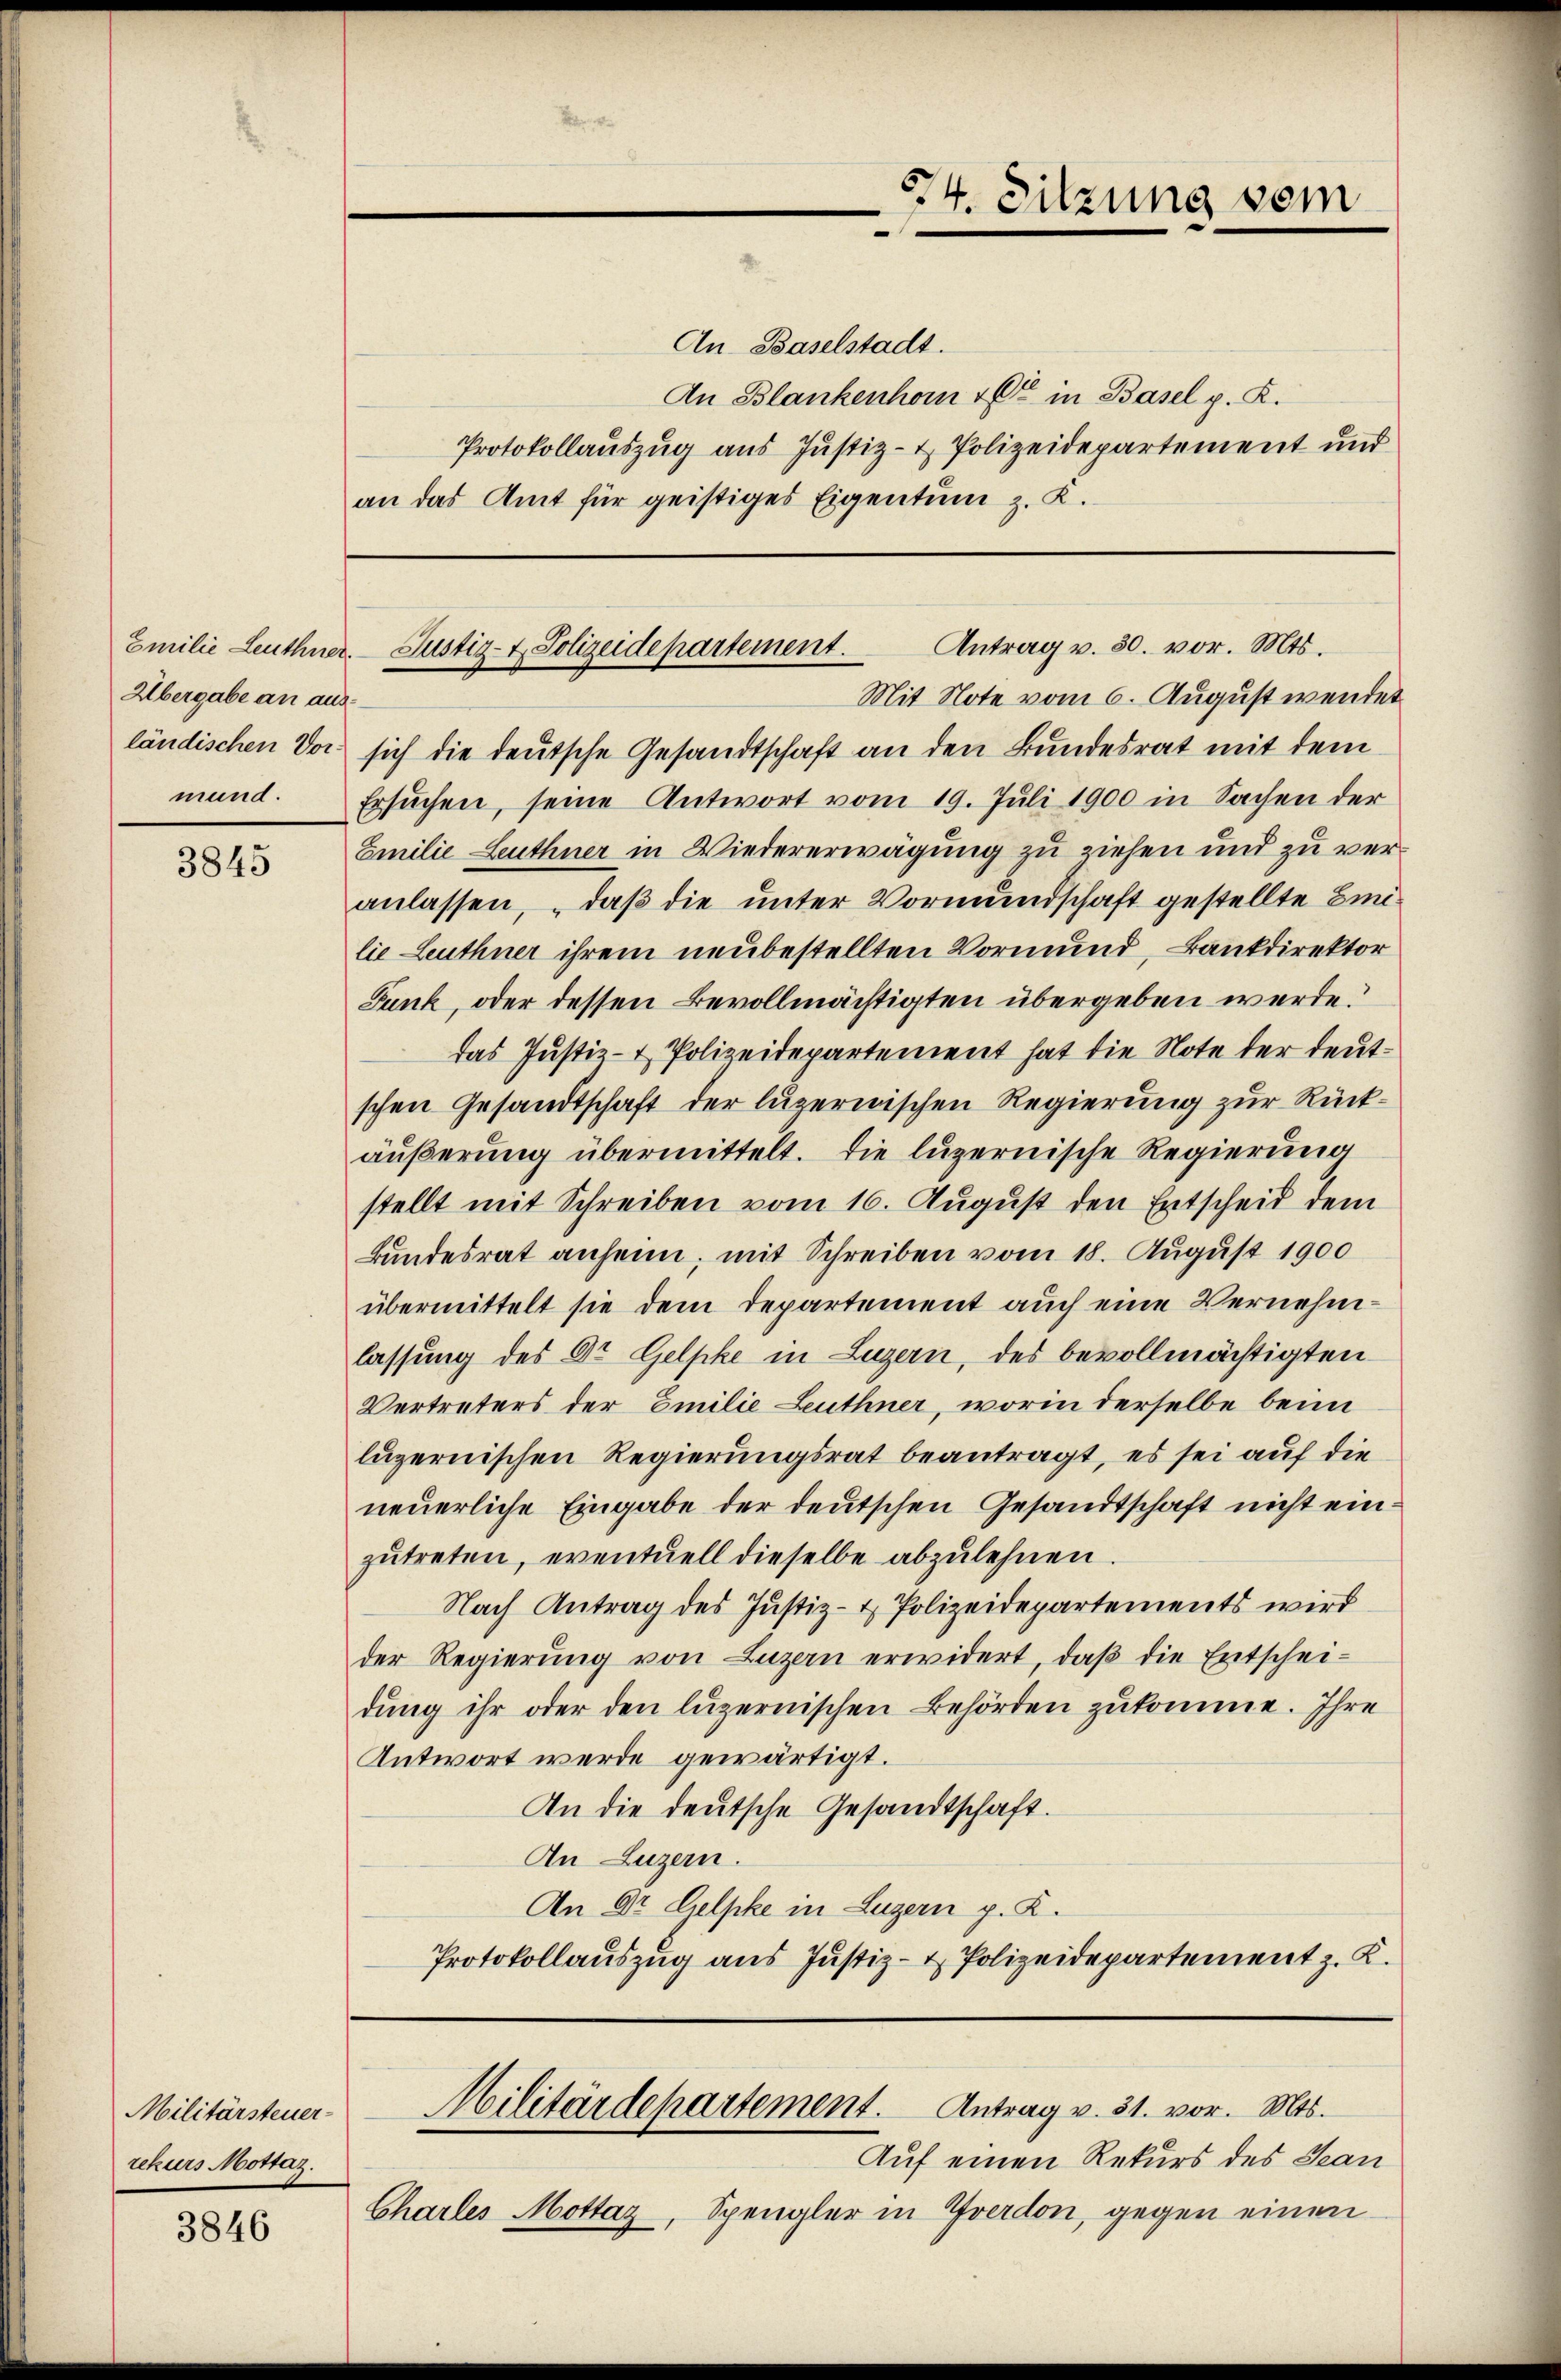
Übergabe an aus.
mund.

3845

Militärsteuer-
rekurs Mottaz.

3846

An Baselstadt.
An Blankenhorn & in Basel p. K.
Protokollauszug aus Justiz- & Polizeidepartement und
an das Amt für geistiges Eigentum z. K.

574. Sitzung vom

Antrag v. 30. vor. Mts.
Emilie Leuthner. Justiz- & Polizeidepartement.

Mit Note vom 6. August wendet
ländischen Vor sich die deutsche Gesandtschaft an den Bundesrat mit dem
Ersŭchen, seine Antwort vom 19. Juli 1900 in Sachen der
Emilie Leuthner in Wiedererwägung zu ziehen und zu veranlassen, daß die unter Vormundschaft gestellte Bilie Leuthner ihrem neubestellten Vormund, Bankdirektor
Funk, oder dessen Bevollmächtigten übergeben werde.
das Justiz- & Polizeidepartement hat die Note der deutschen Gesandtschaft der luzernischen Regierung zur Rückäußerung übermittelt. Die luzernische Regierung
stellt mit Schreiben vom 16. August den Entscheid dem
Bundesrat anheim; mit Schreiben vom 18. August 1900
übermittelt sie dem Departement auch eine Vernehmlassung des Dr. Gelpke in Luzern, des bevollmächtigten
Vertreters der Emilie Leuthner, worin derselbe beim
luzernischen Regierungsrat beantragt, es sei auf die
neuerliche Eingabe der deutschen Gesandtschaft nicht einzutreten, eventuell dieselbe abzulehnen
Nach Antrag des Justiz- & Polizeidepartements wird
der Regierung von Luzern erwidert, daβ die Entscheidung ihr oder den luzernischen Behörden zukomme. Ihre
Antwort werde gewärtigt.
An die deutsche Gesandtschaft.
An Luzern.
An Dr. Gelpke in Luzern p. K.
Protokollauszug aus Justiz- & Polizeidepartement z. K.

Charles Mottaz, Spengler in Yverdon, gegen einen

Militärdepartement. Antrag v. 31. vor. Mts.
Auf einen Rekurs des Jean